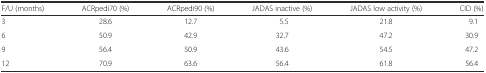
| F/U (months) | ACRpedi70 (%) | ACRpedi90 (%) | JADAS inactive (%) | JADAS low activity (%) | CID (%) |
 | --- | --- | --- | --- | --- | --- |
 | 3 | 28.6 | 12.7 | 5.5 | 21.8 | 9.1 |
 | 6 | 50.9 | 42.9 | 32.7 | 47.2 | 30.9 |
 | 9 | 56.4 | 50.9 | 43.6 | 54.5 | 47.2 |
 | 12 | 70.9 | 63.6 | 56.4 | 61.8 | 56.4 |